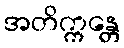
အတိက္ကန္တေ